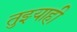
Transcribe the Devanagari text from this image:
तुझ्याही